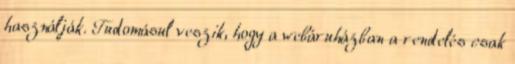
használják. Tudomásul veszik, hogy a webáruházban a rendelés csak